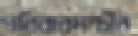
পরিবারমন্ত্রীর